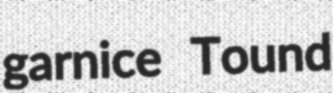
garnice Tound